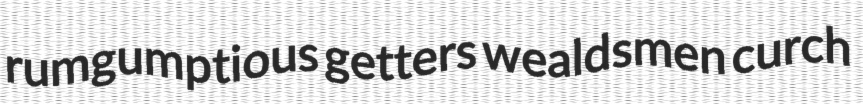
rumgumptious getters wealdsmen curch